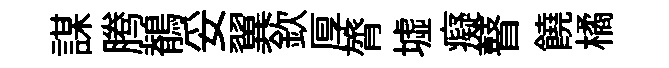
謀腾鶺妥翼欽厚膂墟癡瞽饒橘